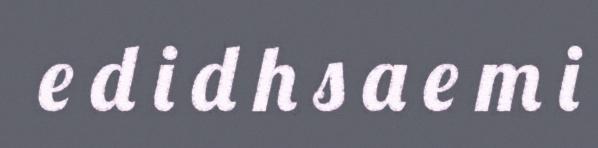
e d i d h s a e m i